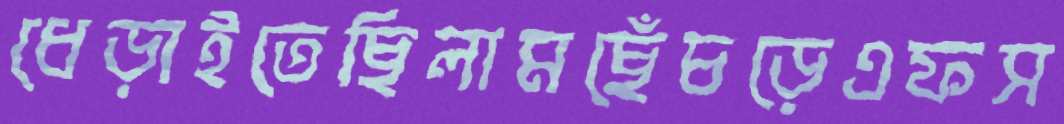
ধেড়াইতেছিলামছেঁচড়েএফস